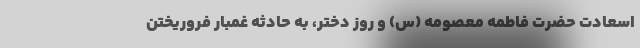
اسعادت حضرت فاطمه معصومه (س) و روز دختر، به حادثه غمبار فروریختن